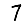
Digit: 7